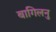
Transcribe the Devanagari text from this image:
बागिलनु